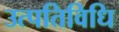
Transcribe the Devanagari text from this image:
उत्पतिविधि